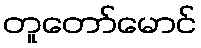
တူတော်မောင်